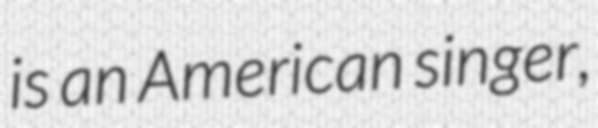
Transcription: is an American singer,